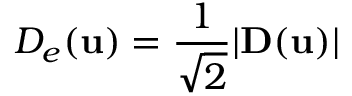
D _ { e } ( \mathbf u ) = \frac { 1 } { \sqrt { 2 } } | \mathbf { D } ( \mathbf { u } ) |